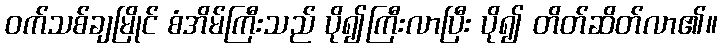
ဝက်သစ်ချမြိုင် စံအိမ်ကြီးသည် ပို၍ကြီးလာပြီး ပို၍ တိတ်ဆိတ်လာ၏။